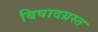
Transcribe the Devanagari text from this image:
बिषादग्रस्त